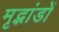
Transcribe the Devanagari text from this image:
मृद्भांडों